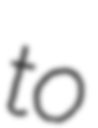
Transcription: to